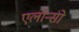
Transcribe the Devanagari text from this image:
एलॉन्सो